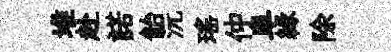
堆赴諾飴沅瑶仲阜縁除